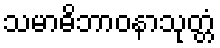
သမာဓိဘာဝနာသုတ္တံ